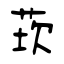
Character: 莰